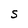
Character: S